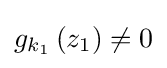
{\textstyle g_{k_{1}}\left(z_{1}\right)\neq 0}